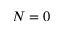
N = 0